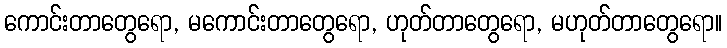
ကောင်းတာတွေရော, မကောင်းတာတွေရော, ဟုတ်တာတွေရော, မဟုတ်တာတွေရော။